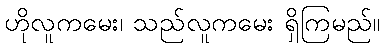
ဟိုလူကမေး၊ သည်လူကမေး ရှိကြမည်။